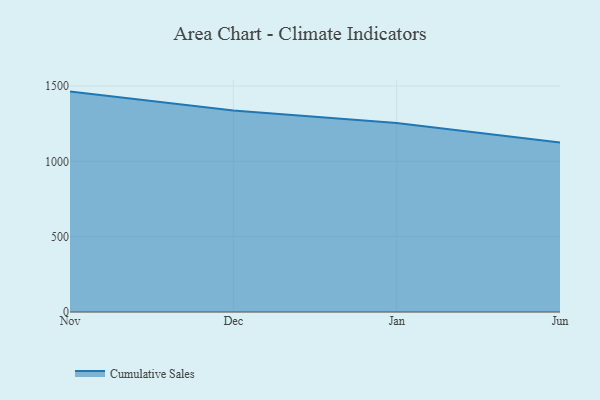
{"axis": {"x": "Month", "y": "Active Users"}, "legend": ["Cumulative Sales"], "data": [{"x": "Nov", "y": 1463.0, "type": "Cumulative Sales"}, {"x": "Dec", "y": 1337.5, "type": "Cumulative Sales"}, {"x": "Jan", "y": 1254.8, "type": "Cumulative Sales"}, {"x": "Jun", "y": 1124.9, "type": "Cumulative Sales"}]}